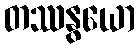
တဿနွယော